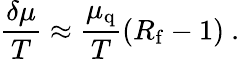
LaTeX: {\frac{\delta\mu}{T}}\approx{\frac{\mu_{\mathrm{q}}}{T}}(R_{\mathrm{f}}-1)\ .